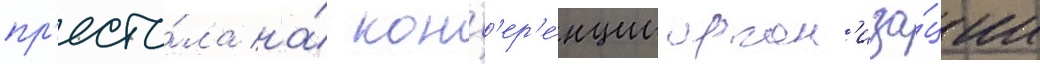
пр'есто́ла на́ конф'ер'е́нции орган'иза́ции